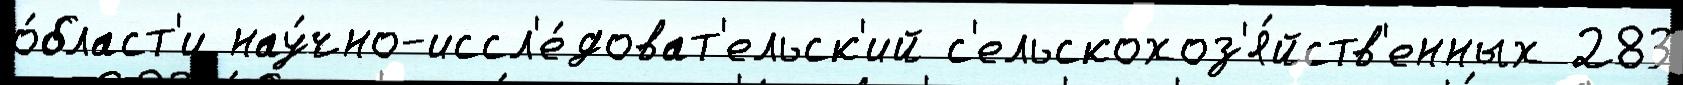
о́бласт'и нау́чно-иссл'е́доват'ельск'ий с'ельскохоз'я́йств'енных 283